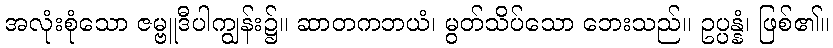
အလုံးစုံသော ဇမ္ဗူဒီပါကျွန်း၌။ ဆာတကဘယံ၊ မွတ်သိပ်သော ဘေးသည်။ ဥပ္ပန္နံ၊ ဖြစ်၏။